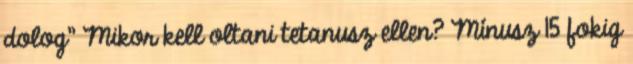
dolog" Mikor kell oltani tetanusz ellen? Mínusz 15 fokig